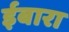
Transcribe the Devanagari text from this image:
ईबारा